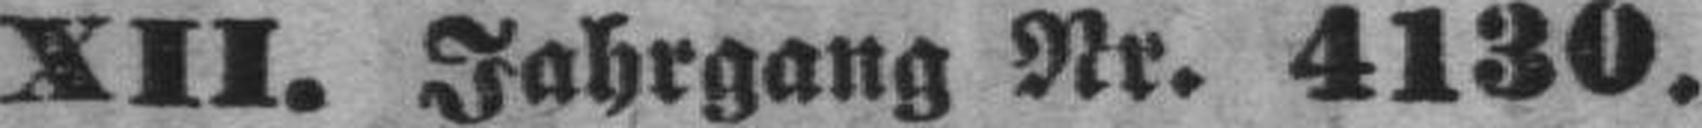
XII. Jahrgang Nr. 4130.